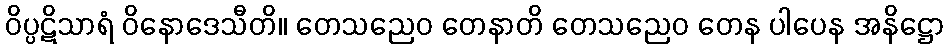
ဝိပ္ပဋိသာရံ ဝိနောဒေသီတိ။ တေသညေဝ တေနာတိ တေသညေဝ တေန ပါပေန အနိဋ္ဌော